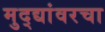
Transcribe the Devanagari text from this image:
मुद्द्यांवरचा